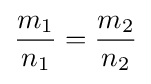
{\frac {m_{1}}{n_{1}}}={\frac {m_{2}}{n_{2}}}